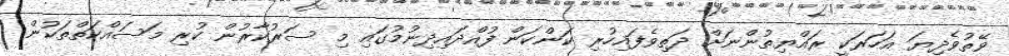
ވޭތުވެދިޔަ އަހަރަކީ ރައްޔިތުންނަށް ދަތިވެފައިހުރި ކަންކަން ފުއްދައިދިނުމުގައި މި ސަރުކާރުން ކުރި މަސައްކަތްތަކުން